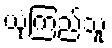
ယုံကြည်သူ